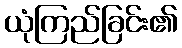
ယုံကြည်ခြင်း၏